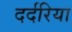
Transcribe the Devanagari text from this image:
दर्दरिया